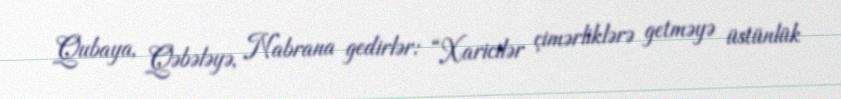
Qubaya, Qəbələyə, Nabrana gedirlər: “Xaricilər çimərliklərə getməyə üstünlük